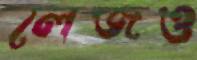
লেজও